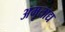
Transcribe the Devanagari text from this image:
अमृताद्य